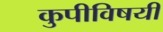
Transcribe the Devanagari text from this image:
कुपीविषयी